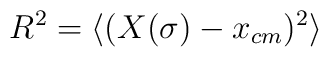
R^2 = \langle (X(\sigma) - x_{cm})^2 \rangle